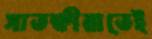
সাতক্ষীরাতেই